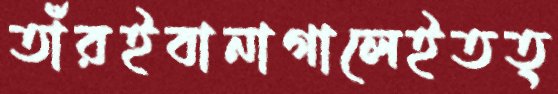
তাঁরইবানাগালেইতত্